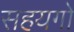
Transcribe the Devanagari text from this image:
सहयगो